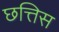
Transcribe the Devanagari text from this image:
छत्तिस